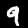
Label: 9